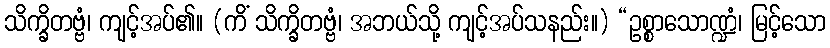
သိက္ခိတဗ္ဗံ၊ ကျင့်အပ်၏။ (ကိံ သိက္ခိတဗ္ဗံ၊ အဘယ်သို့ ကျင့်အပ်သနည်း။) “ဥစ္စာသောဏ္ဍံ၊ မြင့်သော